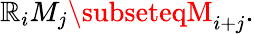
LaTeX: \mathbb{R}_{i}M_{j}\subseteqM_{i+j}.